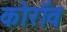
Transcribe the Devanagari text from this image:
कोरॉव